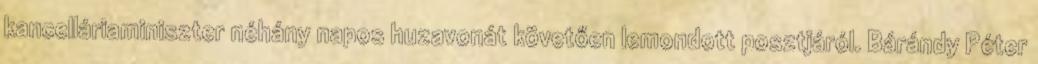
kancelláriaminiszter néhány napos huzavonát követően lemondott posztjáról. Bárándy Péter